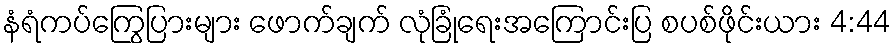
နံရံကပ်ကြွေပြားများ ဖောက်ချက် လုံခြုံရေးအကြောင်းပြ စပစ်ဖိုင်းယား 4:44